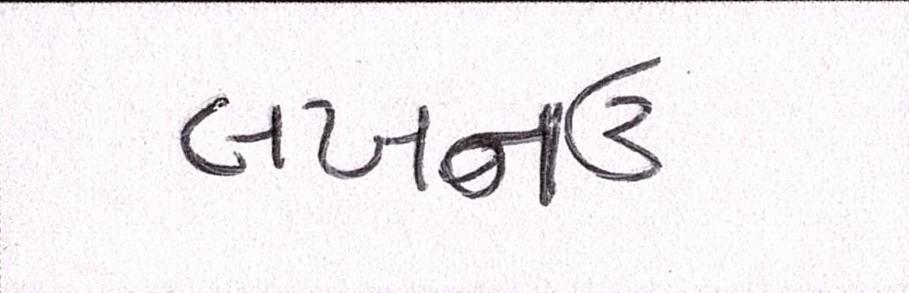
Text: લખનઉ